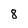
Character: 8